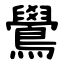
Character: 鷽